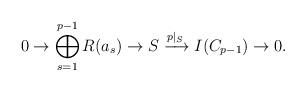
LaTeX: \begin{align*}0\rightarrow \bigoplus_{s=1}^{p-1}R(a_s)\rightarrow S \xrightarrow{p|_S} I(C_{p-1})\rightarrow 0.\end{align*}